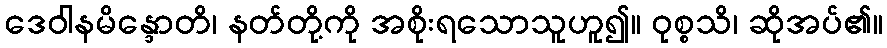
ဒေဝါနမိန္ဒောတိ၊ နတ်တို့ကို အစိုးရသောသူဟူ၍။ ဝုစ္စသိ၊ ဆိုအပ်၏။